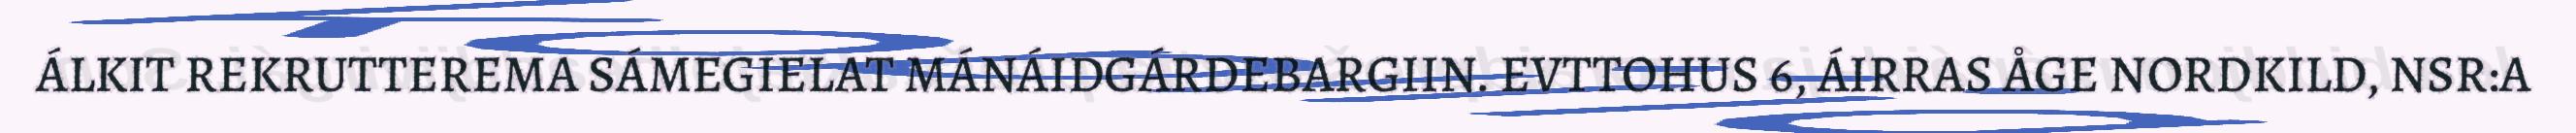
ÁLKIT REKRUTTEREMA SÁMEGIELAT MÁNÁIDGÁRDEBARGIIN. EVTTOHUS 6, ÁIRRAS ÅGE NORDKILD, NSR:A